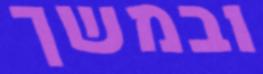
ובמשך